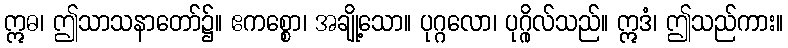
ဣဓ၊ ဤသာသနာတော်၌။ ဧကစ္စော၊ အချို့သော။ ပုဂ္ဂလော၊ ပုဂ္ဂိုလ်သည်။ ဣဒံ၊ ဤသည်ကား။